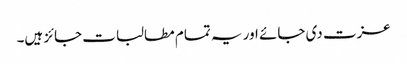
عزت دی جائے اور یہ تمام مطالبات جائز ہیں۔